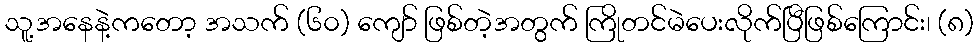
သူ့အနေနဲ့ကတော့ အသက် (၆၀) ကျော် ဖြစ်တဲ့အတွက် ကြိုတင်မဲပေးလိုက်ပြီဖြစ်ကြောင်း၊ (၈)